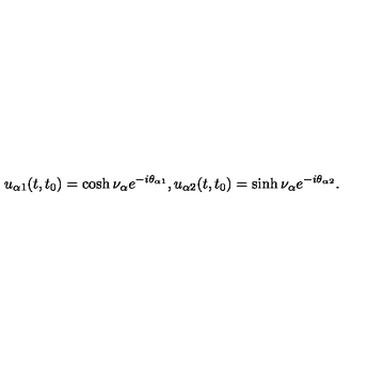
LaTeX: u _ { \alpha 1 } ( t , t _ { 0 } ) = \cosh \nu _ { \alpha } e ^ { - i \theta _ { \alpha 1 } } , u _ { \alpha 2 } ( t , t _ { 0 } ) = \sinh \nu _ { \alpha } e ^ { - i \theta _ { \alpha 2 } } .